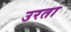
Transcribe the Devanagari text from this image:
उरता